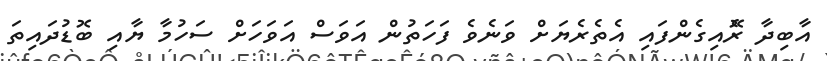
އާބިދާ ރޮެއިގެންފައި އެތެރެޔަށް ވަނެވެ ފަހަތުން އަވަސް އަވަހަށް ސަހުމާ ޔާއި ބޮޑުދައިތަ